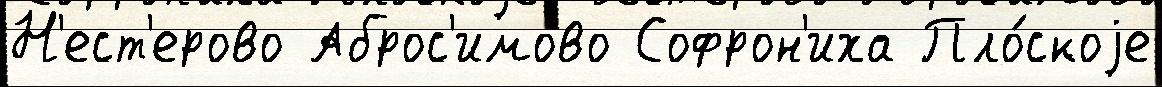
Н'ест'ерово Аброс'имово Софрон'иха Пло́скоjе